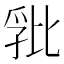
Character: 𭯏